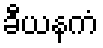
ခီယနကံ